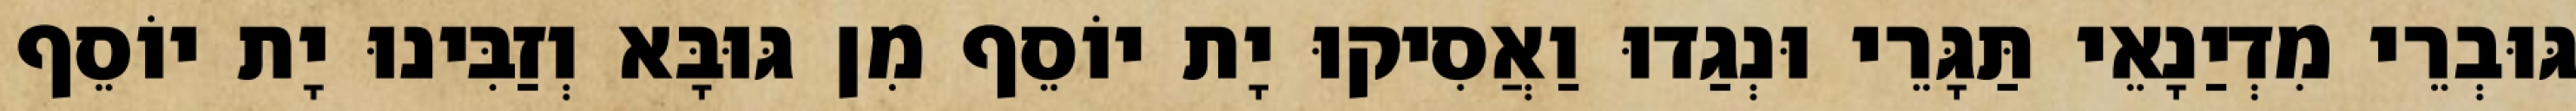
גּוּבְרֵי מִדְיַנָאֵי תַּגָּרֵי וּנְגַדוּ וַאֲסִיקוּ יָת יוֹסֵף מִן גּוּבָּא וְזַבִּינוּ יָת יוֹסֵף